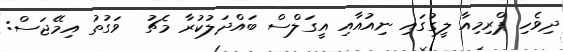
ދިވެހި ޕްރިމިއާ ލީގުގައި ނިއުއާއި އީގަލްސް ބައްދަލުކުރާ މެޗު  ވަގުތު އިމޭޖަސް: